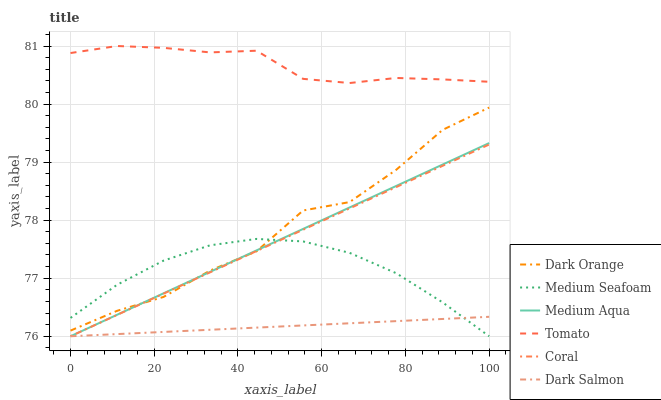
| xaxis_label | Dark Orange | Medium Seafoam | Medium Aqua | Tomato | Coral | Dark Salmon |
 | --- | --- | --- | --- | --- | --- | --- |
 | 0 | 76.1 | 76.3 | 76 | 80.9 | 76 | 76 |
 | 11.1 | 76.4 | 76.9 | 76.4 | 81 | 76.4 | 76 |
 | 22.2 | 76.7 | 77.3 | 76.7 | 81 | 76.7 | 76.1 |
 | 33.3 | 77.1 | 77.6 | 77.1 | 80.9 | 77.1 | 76.1 |
 | 44.4 | 77.5 | 77.7 | 77.5 | 80.9 | 77.5 | 76.1 |
 | 55.6 | 78.2 | 77.6 | 77.8 | 80.4 | 77.8 | 76.2 |
 | 66.7 | 78.3 | 77.4 | 78.2 | 80.4 | 78.2 | 76.2 |
 | 77.8 | 78.9 | 77.1 | 78.6 | 80.4 | 78.6 | 76.3 |
 | 88.9 | 79.6 | 76.6 | 79 | 80.4 | 78.9 | 76.3 |
 | 100 | 79.9 | 76 | 79.3 | 80.4 | 79.3 | 76.3 |